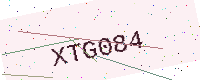
Text: XTG084